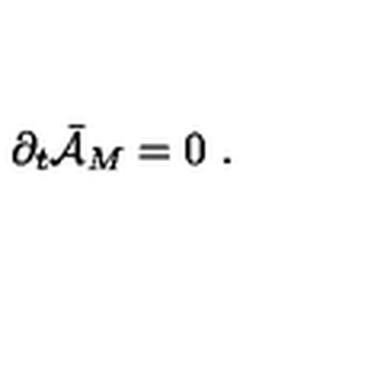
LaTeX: { \partial } _ { t } \bar { \cal { A } } _ { M } = 0 \ .